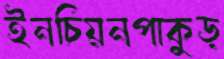
ইনচিয়নপাকুড়